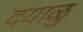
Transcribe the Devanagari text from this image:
दयाळु